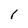
Character: 1